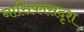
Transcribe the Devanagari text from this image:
नासिकासदृश